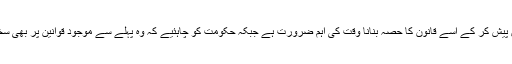
تیمور کمال نے اس بات پر زور دیا کہ گھریلو تشدد کے مسودے کو جلد از جلد اسمبلی میں پیش کر کے اسے قانون کا حصہ بنانا وقت کی اہم ضرورت ہے جبکہ حکومت کو چاہئیے کہ وہ پہلے سے موجود قوانین پر بھی سختی سے عمل درامد کروائے تاکہ خواتین کے خلاف ہونے والے جرائم پر قابو پایا جاسکے۔